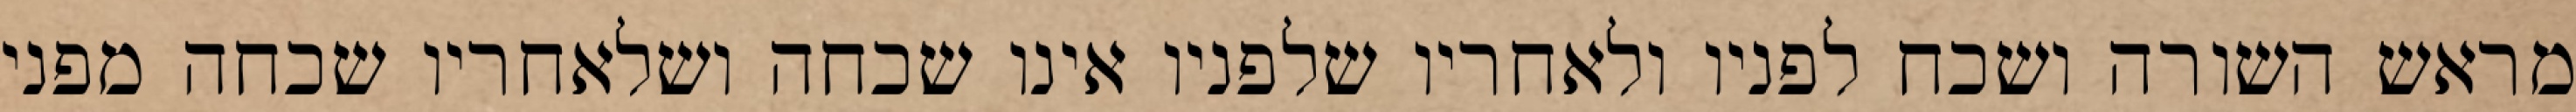
מראש השורה ושכח לפניו ולאחריו שלפניו אינו שכחה ושלאחריו שכחה מפני